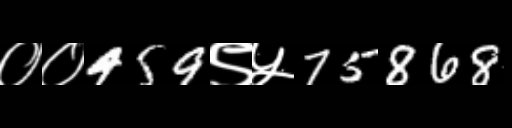
Text: ००459९५75868